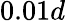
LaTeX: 0.01d